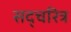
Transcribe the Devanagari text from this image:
सद्चरित्र